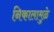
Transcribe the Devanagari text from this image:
निकालामुळे